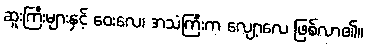
ဆူးကြီးများနှင့် ဝေးလေ၊ အသံကြီးက လျော့လေ ဖြစ်လာ၏။